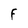
Character: F